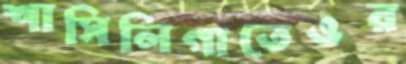
শাসিলিগাতেওর